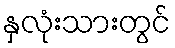
နှလုံးသားတွင်